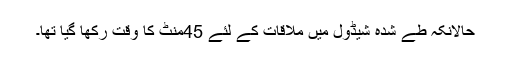
حالانکہ طے شدہ شیڈول میں ملاقات کے لئے 45منٹ کا وقت رکھا گیا تھا۔